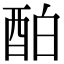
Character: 𨠘